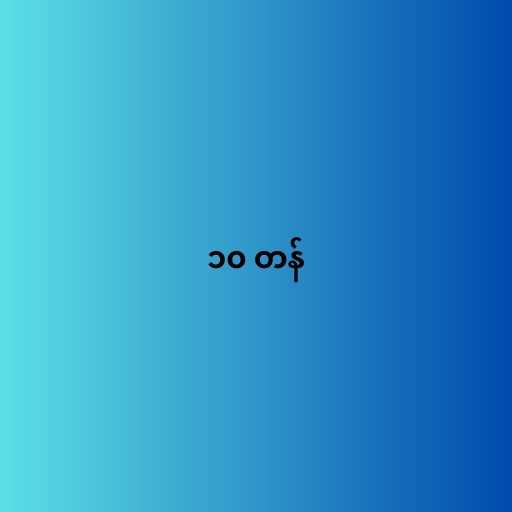
၁၀ တန်